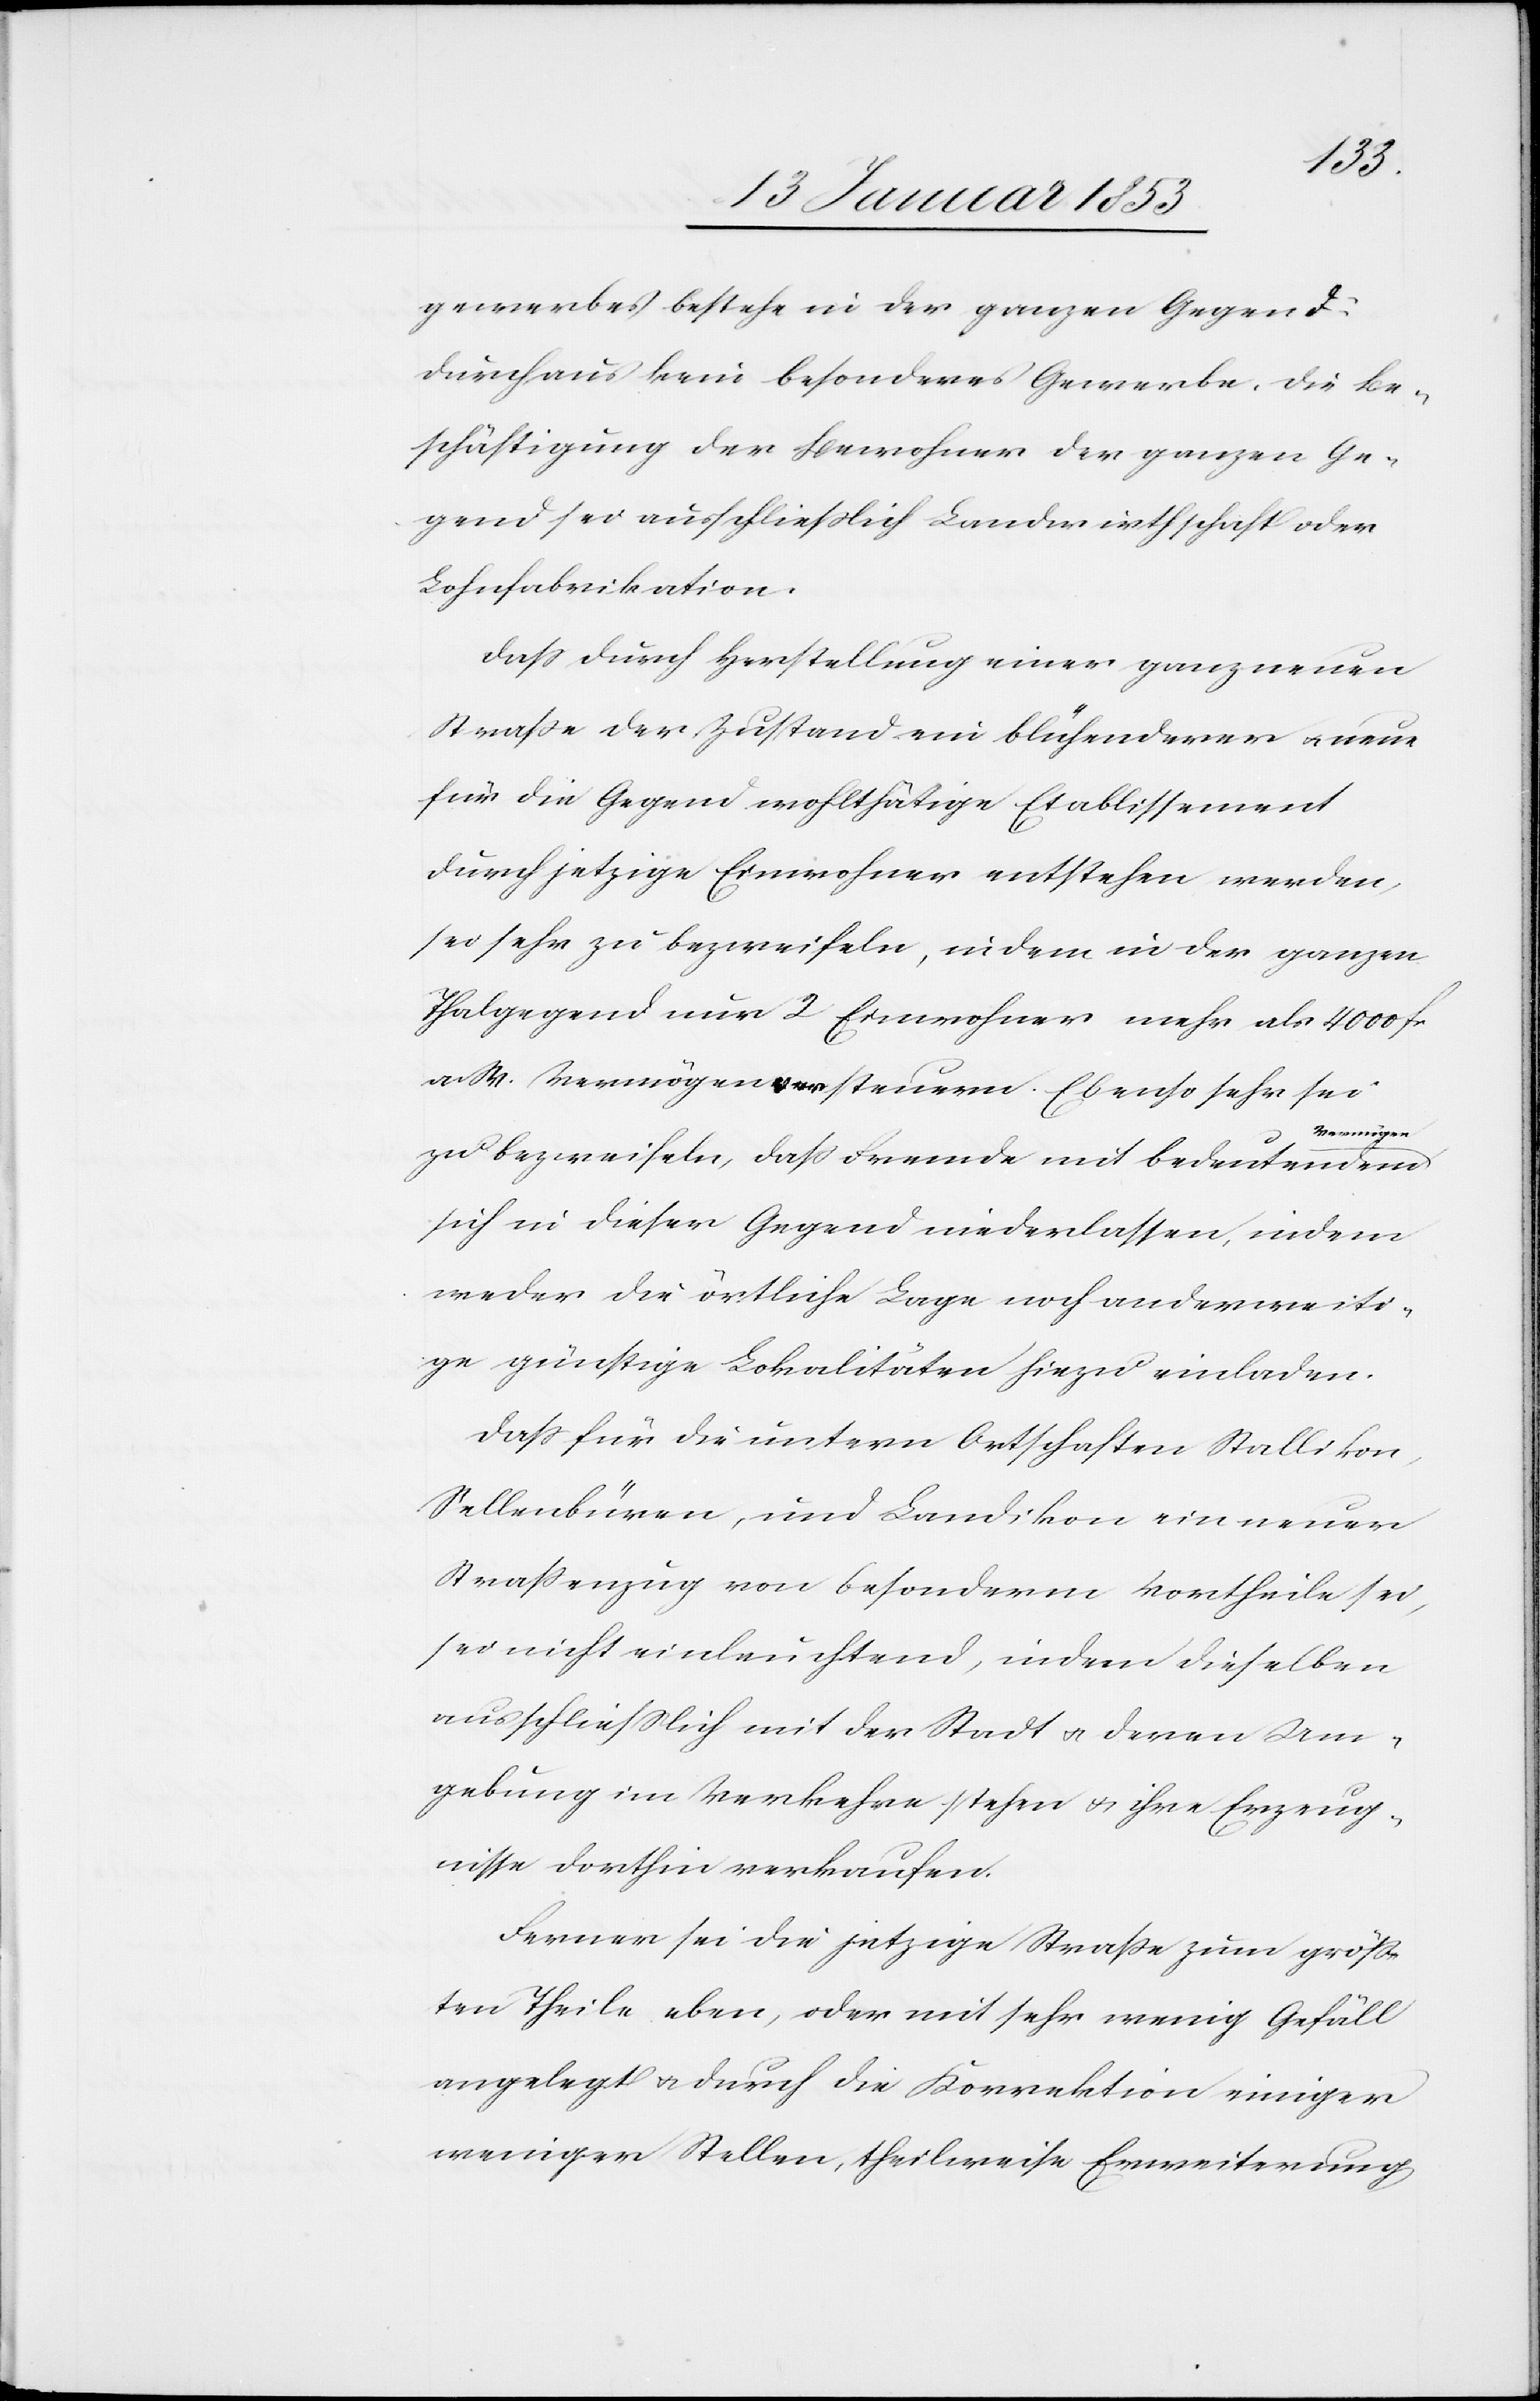
gewerbes bestehe in der ganzen Gegend
durchaus kein besonderes Gewerbe, die Be¬
schäftigung der Bewohner der ganzen Ge¬
gend sei ausschliesslich Landwirthschaft oder
Lokalfabrikation.
Dass durch Herstellung einer ganz neuen
Strasse der Zustand ein blühenderer u. neue
für die Gegend wohlthätige Etablissement
durch jetzige Einwohner entstehen werden,
sei sehr zu bezweifeln, indem in der ganzen
Thalgegend nur 2 Einwohner mehr als 4000 fr.
a W. Vermögen versteuern. Ebenso sehr sei
Vermögen
zu bezweifeln, dass Fremde mit bedeutendem
sich in dieser Gegend niederlassen, indem
weder die örtliche Lage noch anderweiti¬
ge günstige Lokalitäten hiezu einladen.
Dass für die untern Ortschaften Stallikon,
Sellenbüren, und Landikon ein neuer
Strassenzug von besonderm Vortheile sei,
sei nicht einleuchtend, indem dieselben
ausschliesslich mit der Stadt u. deren Um¬
gebung im Verkehr stehen u. ihre Erzeug¬
nisse dorthin verkaufen.
Ferner sei die jetzige Strasse zum gröss¬
ten Theile eben, oder mit sehr wenig Gefäll
angelegt u. durch die Korrektion einiger
weniger Stellen, theilweise Erweiterung